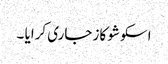
اسکو شو کاز جاری کرایا ۔